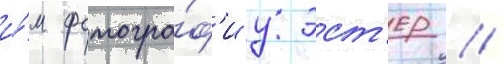
и́м фотогра́ф'иу эст'ер //